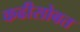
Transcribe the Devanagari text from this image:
कढीसोबत